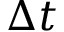
\Delta t